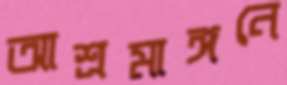
আশ্রমাঙ্গনে